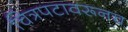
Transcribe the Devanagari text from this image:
चित्रपटावरूनच